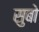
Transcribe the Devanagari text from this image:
सुबो